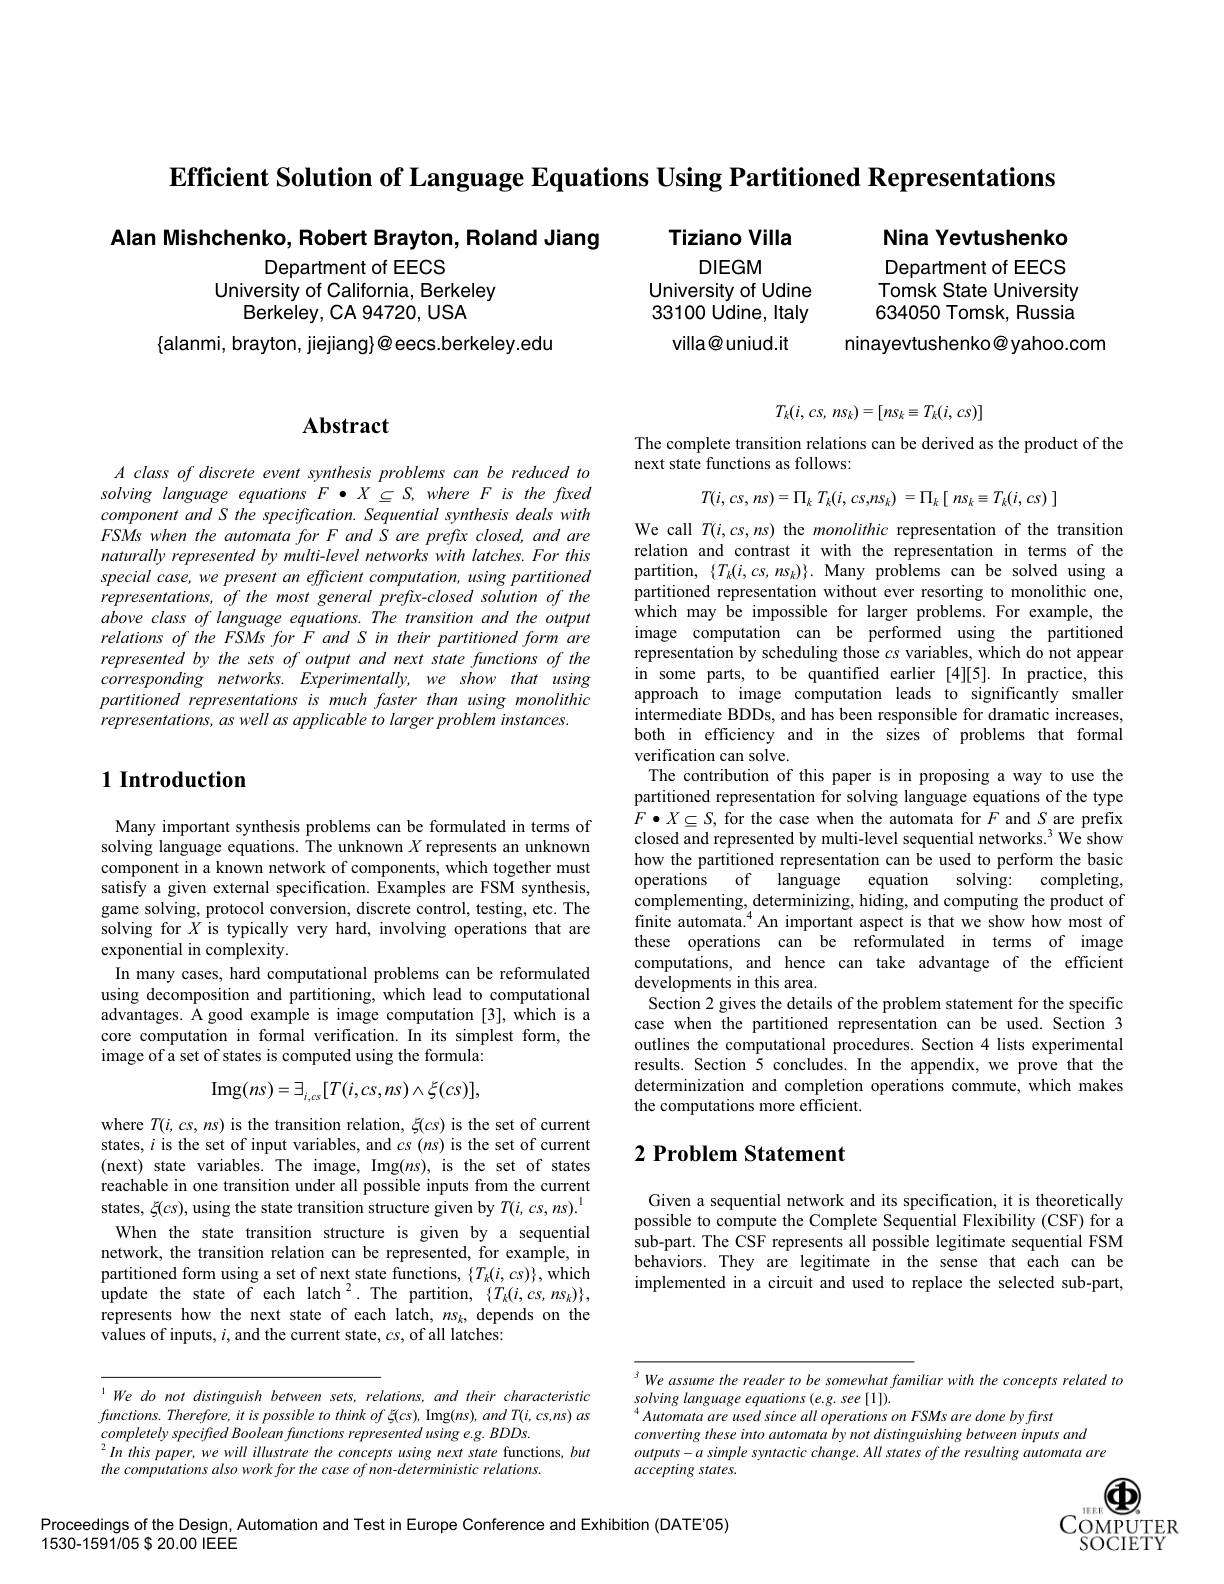
Efficient Solution of Language Equations Using Partitioned Representations
Tiziano Villa
Alan Mishchenko, Robert Brayton, Roland Jiang
Nina Yevtushenko
DIEGM
Department of EECS
Department of EECS

University of California, Berkeley
Berkeley, CA 94720, USA

University of Udine 33100 Udine, Italy
villa@uniud.it

Tomsk State University 634050 Tomsk, Russia
ninayevtushenko@ yahoo.com

$\{$alanmi, brayton, jiejiang$\}@$eecs.berkeley.edu
$$T_k(i,cs,\:ns_k)=[ns_k\equiv T_k(i,\:cs)]$$
# Abstract

The complete transition relations can be derived as the product of the
next state functions as follows:

A class of discrete event synthesis problems can be reduced to solving language equations F·X C S, where F is the fixed component and S the specification. Sequential synthesis deals with $FSMswhentheautomataforFandSareprefixclosed,andare$ naturally represented by multi-level networks with latches. For this special case, we present an efficient computation, using partitioned representations, of the most general prefix-closed solution of the above class of language equations. The transition and the output relations of the FSMs for F and S in their partitioned form are represented by the sets of output and next state functions of the corresponding networks. Experimentally, we show that using partitioned representations is much faster than using monolithic representations, as well as applicable to larger problem instances.

# 1 Introduction
$$T(i,cs,ns)=\prod_kT_k(i,cs,ns_k)\:=\Pi_k\:[\:ns_k\equiv T_k(i,cs)\:]$$
We call $T(i,cs,ns)$ the monolithic representation of the transition relation and contrast it with the representation in terms of the partition, $\{T_k(i,cs,ns_k)\}.$ Many problems can be solved using a partitioned representation without ever resorting to monolithic one, which may be impossible for larger problems.For example, the image computation can be performed using the partitioned representation by scheduling those $cs$ variables, which do not appear in some parts, to be quantified earlier [4][5]. In practice, this approach to image computation leads to significantly smaller intermediate BDDs, and has been responsible for dramatic increases both in efficiency and in the sizes of problems that formal verification can solve.
The contribution of this paper is in proposing a way to use the partitioned representation for solving language equations of the type $F\bullet X\subseteq S$, for the case when the automata for $F$ and $S$ are prefix closed and represented by multi-level sequential networks.$^{3}$ We show how the partitioned representation can be used to perform the basic operations of language
equation solving: completing
complementing, determinizing, hiding, and computing the product of finite automata.$^{4}$An important aspect is that we show how most of these operations can be reformulated in terms of image computations, and hence can take advantage of the efficient developments in this area.
Section 2 gives the details of the problem statement for the specific case when the partitioned representation can be used. Section 3 outlines the computational procedures. Section 4 lists experimental results. Section $\hat{5}$ concludes. In the appendix, we prove that the determinization and completion operations commute, which makes the computations more efficient.

Many important synthesis problems can be formulated in terms of solving language equations. The unknown $X$ represents an unknown component in a known network of components, which together must satisfy a given external specification. Examples are FSM synthesis, game solving, protocol conversion, discrete control, testing, etc. The solving for $X$ is typically very hard, involving operations that are exponential in complexity.
In many cases, hard computational problems can be reformulated using decomposition and partitioning, which lead to computational advantages. A good example is image computation [3],which is a core computation in formal verification.In its simplest form, the image of a set of states is computed using the formula:
$$\mathrm{Img}(ns)=\exists_{i,cs}[T(i,cs,ns)\wedge\xi(cs)],$$
# 2 Problem Statement

where $T(i,cs,ns)$ is the transition relation, $\xi(cs)$ is the set of current states, $i$ is the set of input variables, and $cs(ns)$ is the set of current (next) state variables. The image, Img(ns), is the set of states reachable in one transition under all possible inputs from the current states, $\xi(cs)$, using the state transition structure given by $T(i,cs,ns).^{1}$ When the state transition structure is given by a sequential network, the transition relation can be represented, for example, in partitioned form using a set of next state functions, $\{T_k(i,cs)\}$, which update the state of each latch$^2.$ The partition, $\{T_k(i,cs,ns_k)\}$, represents how the next state of each latch, $ns_k$, depends on the values of inputs, $i$, and the current state, $cs$, of all latches:

Given a sequential network and its specification, it is theoretically possible to compute the Complete Sequential Flexibility (CSF) for a sub-part. The CSF represents all possible legitimate sequential FSM behaviors. They are legitimate in the sense that each can be implemented in a circuit and used to replace the selected sub-part,

3 We assume the reader to be somewhat familiar with the concepts related to
$solving\textit{ language equations ( e. g. see [ 1] ) . }$
$^{4}Automata$ are used since all operations on FSMs are done by first
converting these into automata by not distinguishing between inputs and
$outputs-a$ simple syntactic change. All states of the resulting automata are
accepting states.

1 We do not distinguish between sets, relations, and their characteristic $functions.Therefore,itispossibletothinkof\xi(cs)$,Img$(ns),andT(i,cs,ns)as$ $completelyspecifiedBooleanfunctionsrepresentedusinge.g.BDDs.$
$^{2}Inthispaper,wewillillustratetheconceptsusingnextstate$ functions, but
the computations also work for the case of non-deterministic relations.

$\textcircled{15}EE\textcircled{4}$
$\underset{\mathrm{SOCIETY}}{\operatorname*{COMPUTER}}$

Proceedings of the Design, Automation and Test in Europe Conference and Exhibition (DATE'05)
$1530-1591/05\$20.00$ IEEE